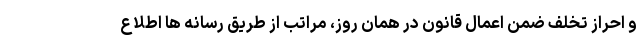
و احراز تخلف ضمن اعمال قانون در همان روز، مراتب از طریق رسانه ها اطلاع